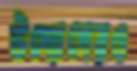
উদ্যোগেরও